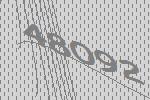
48092